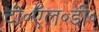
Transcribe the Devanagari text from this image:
टी॰ऍल॰डी॰